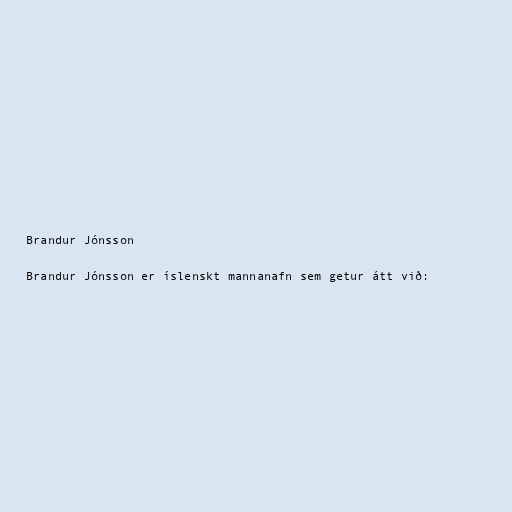
Brandur Jónsson

Brandur Jónsson er íslenskt mannanafn sem getur átt við: